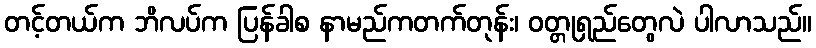
တင့်တယ်က ဘိလပ်က ပြန်ခါစ နာမည်ကတက်တုန်း၊ ဝတ္တုရှည်တွေလဲ ပါလာသည်။